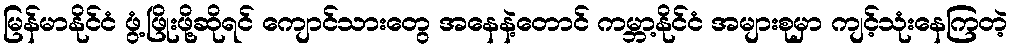
မြန်မာနိုင်ငံ ဖွံ့ဖြိုးဖို့ဆိုရင် ကျောင်သားတွေ အနေနဲ့တောင် ကမ္ဘာ့နိုင်ငံ အများစုမှာ ကျင့်သုံးနေကြတဲ့